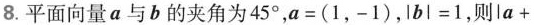
8.平面向量a与b的夹角为45°，$$a = ( 1 ，-1 )$$，$$\left | b \right | = 1$$，则$$\left | a+$$